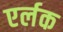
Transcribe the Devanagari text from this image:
एर्लक